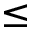
\leq